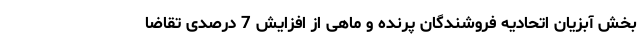
بخش آبزیان اتحادیه فروشندگان پرنده و ماهی از افزایش 7 درصدی تقاضا